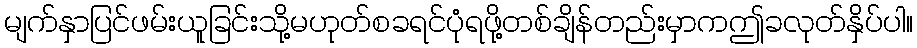
မျက်နှာပြင်ဖမ်းယူခြင်းသို့မဟုတ်စခရင်ပုံရဖို့တစ်ချိန်တည်းမှာကဤခလုတ်နှိပ်ပါ။